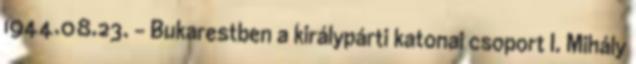
1944.08.23. - Bukarestben a királypárti katonai csoport I. Mihály